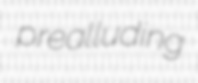
prealluding